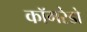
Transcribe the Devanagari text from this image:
कॉमरेडो